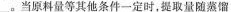
___。当原料量等其他条件一定时，提取量随蒸馏